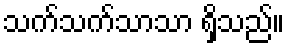
သက်သက်သာသာ ရှိသည်။